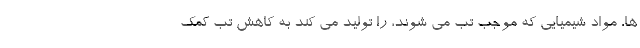
ها، مواد شیمیایی که موجب تب می شوند، را تولید می کند به کاهش تب کمک